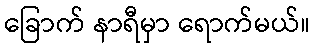
ခြောက် နာရီမှာ ရောက်မယ်။